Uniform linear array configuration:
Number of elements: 48
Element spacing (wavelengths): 0.25
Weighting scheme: hamming
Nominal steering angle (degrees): -15
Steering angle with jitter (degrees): -16.913
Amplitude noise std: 0.05
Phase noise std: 0.05

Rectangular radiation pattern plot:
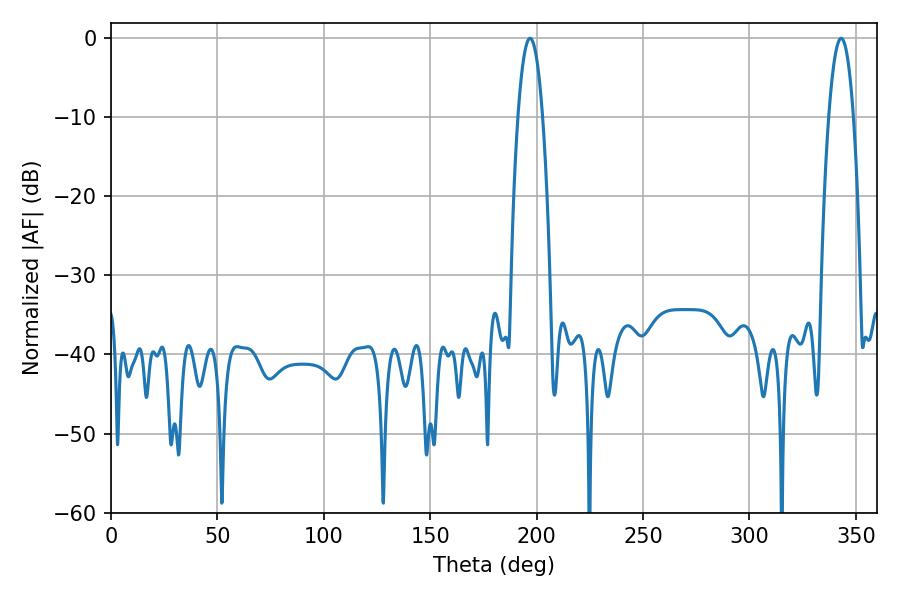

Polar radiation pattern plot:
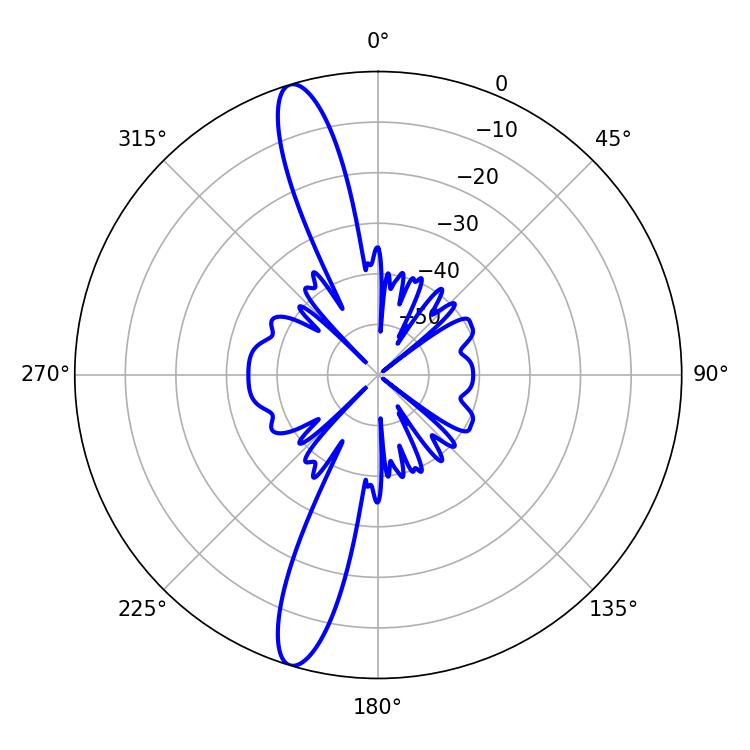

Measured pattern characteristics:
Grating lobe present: FALSE
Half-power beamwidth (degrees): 6.48
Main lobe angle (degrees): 196.92